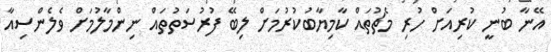
އޭނާ ބުނީ ކުރިއަށް ހުރި މެޗުތައް ކާމިޔާބުކުރުމަށް ލިބޭ ފުރުސަތުތައް ނިންމާލުމަށް ވެލެންސިއާ